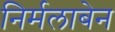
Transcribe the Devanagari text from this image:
निर्मलाबेन